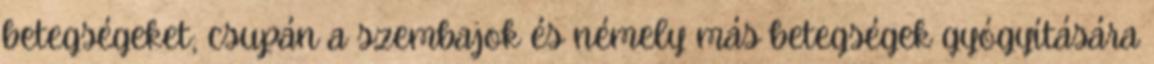
betegségeket; csupán a szembajok és némely más betegségek gyógyítására